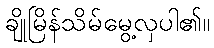
ချိုမြိန်သိမ်မွေ့လှပါ၏။